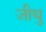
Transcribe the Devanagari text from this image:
जीथु